Vaccine operations Central Provinces 1886-1899 - 1886-1899
Year: 1886
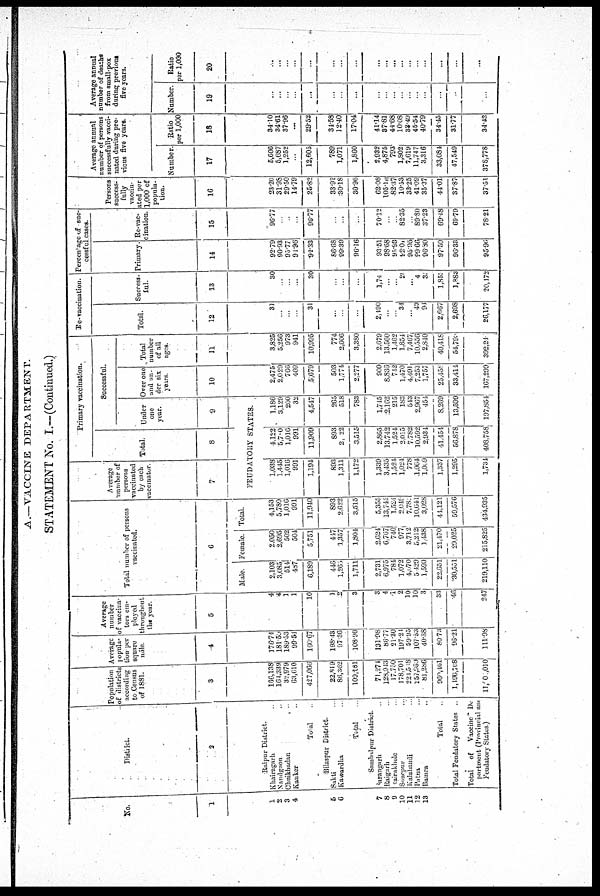
A.—VACCINE DEPARTMENT.
STATEMENT No. I.—(Continued.)
No.
1
1
2
3
4
5
6
7
8
9
10
11
12
13
District.
2
Raipur District.
Khairagarh
Nandgaon
Chuikbadan
Kanker
Total .
Bilaspur District.
Sakti .
Kawardha..
Total
Sambulpur District
Sarangarh
Raigarh
Rairakhole
Sonepur ..
Kalahandi
Patna ...
Bamra ..
Total .
Total Feudatory States .
Total of Vaccine De-
partment (Provincial and
Feudatory States)
Population
of districts
according
to Census
of 1881.
3
166,138
164,339
32,979
63,610
427,066
22,819
86,362
100,181
71,274
128,913
17,750
178,701
221,518
257,951
81,286
960,161
1,196,768
11,00 ,010
Average
popula-
tion per
square
mile.
4
176.74
181.59
189.53
99.54
160.67
198.43
97.36
108.96
131.98
86.77
21.30
197.21
59.95
107.53
40.88
80.73
96.21
111.98
Average
number
vaccina-
tors em-
ployed
throughout
the year.
5
4
4
1
1
10
1
2
3
3
4
1
2
10
10
3
33
46
247
Total number of persons
vaccinated.
6
Male.
2,103
3,085
514
487
6,189
446
1,265
1,711
2,731
6,975
781
1,072
4,070
5,429
1,590
22,651
30,551
219,110
Female.
2,050
2,695
502
504
5,751
447
1,357
1,804
2,624
6,767
740
977
3,712
5,212
1,438
21,170
29,025
215,825
Total.
4,153
5,780
1,016
991
11,940
893
2,622
3,515
5,355
13,742
1,521
2,049
7,780
10,641
3,028
41,121
59,576
434,935
Average
number of
persons
vaccinated
by each
vaccinator.
7
Primary vaccination.
Total.
8
Successful.
Under
one
year.
9
FEUDATORY STATES.
1,038
1,445
1,016
991
1,194
893
1,311
1,172
1,339
3,435
1,524
1,021
778
1,064
1,009
1,337
1,295
1,734
4,122
5,700
1,016
991
11,909
893
2,022
3,515
2,865
13,742
1,524
2,015
7,782
10,592
2,934
41,454
56,878
408,758
1,186
3,129
200
32
4,547
265
518
783
1,745
2,162
215
183
543
2,967
451
8,269
13,599
197,851
Over one
and un-
der six
years.
10
2,475
2,029
766
409
5,679
503
1,774
2,277
909
8,836
712
1,470
4,491
7,253
1,757
25,458
33,414
167,299
Total
number
of all
ages.
11
3,825
5,256
973
941
10,995
774
2,606
3,380
2,679
13,560
1,462
1,854
7,467
10,556
2,840
40,418
54,790
392,240
Rc-vaccination.
Total.
12
31
...
...
...
31
...
...
...
2,490
...
...
34
...
40
91
2,667
2,698
26,177
Success-
ful.
13
30
...
...
...
30
... ...
...
1,74
...
...
20
...
4
3
1,851
1,883
20,172
Percentage of suc-
cessful cases.
Primary.
14
92.79
90.93
95.77
91.96
92.33
86.68
99.39
96.16
93.51
98.68
95.93
92.01
95.95
99.66
96.80
97.50
96.33
95.90
Re-vac-
cination.
15
96.77
...
...
...
96.77
... ...
...
70.12
...
...
82.35
...
89.80
37.23
69.18
69.79
78.21
Persons
success-
fully
vaccin-
ated per
1,000 of
popula-
tion.
16
23.20
31.98
29.50
14.79
25.82
33.92
30.18
30.96
62.08
105.16
82.37
10.53
33.25
41.09
35.37
44.01
37.87
37.51
Average annual
number of persons
successfully vacci-
nated during pre-
vious five years.
Number.
17
5,666
5,687
1,252
...
12,605
789
1,071
1,860
2,932
4,875
793
1,802
7,619
11,747
3,316
33,081
47,549
378,778
Ratio
per 1,000
18
34.10
34.61
37.96
...
29.52
34.58
12.40
17.04
41.14
37.81
44.68
10.08
33.49
45.54
40.79
34.45
31.77
34.42
Average annual
number of deaths
from small-pox
during previous
five years.
Number.
19
...
...
...
...
...
...
...
...
...
...
...
...
...
...
...
...
...
...
Ratio
per 1,000
20
...
....
...
...
...
...
...
...
...
...
...
...
...
...
...
...
...
...